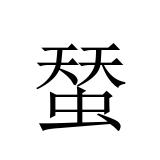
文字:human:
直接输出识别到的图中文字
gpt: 蝅